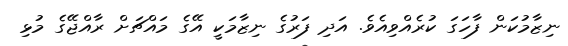
ނިޒާމުކަން ފާހަގަ ކުރެއްވިއެވެ. އަދި ފަރުގެ ނިޒާމަކީ އޭގެ މައްޗަށް ރާއްޖޭގެ މުޅި